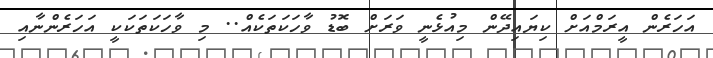
އަހަރެން އީރަމްއަށް ކިޔައިދޭން މިއުޅެނީ ވަރަށް ބޮޑު ވާހަކަތަކެއް.. މި ވާހަކަތަކަކީ އަހަރެންނާއި